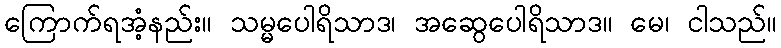
ကြောက်ရအံ့နည်း။ သမ္မပေါရိသာဒ၊ အဆွေပေါရိသာဒ။ မေ၊ ငါသည်။